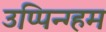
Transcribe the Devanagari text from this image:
उप्पिन्ग्हम